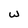
Character: w